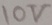
Text: 10V